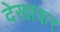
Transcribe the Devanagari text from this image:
देखाकर